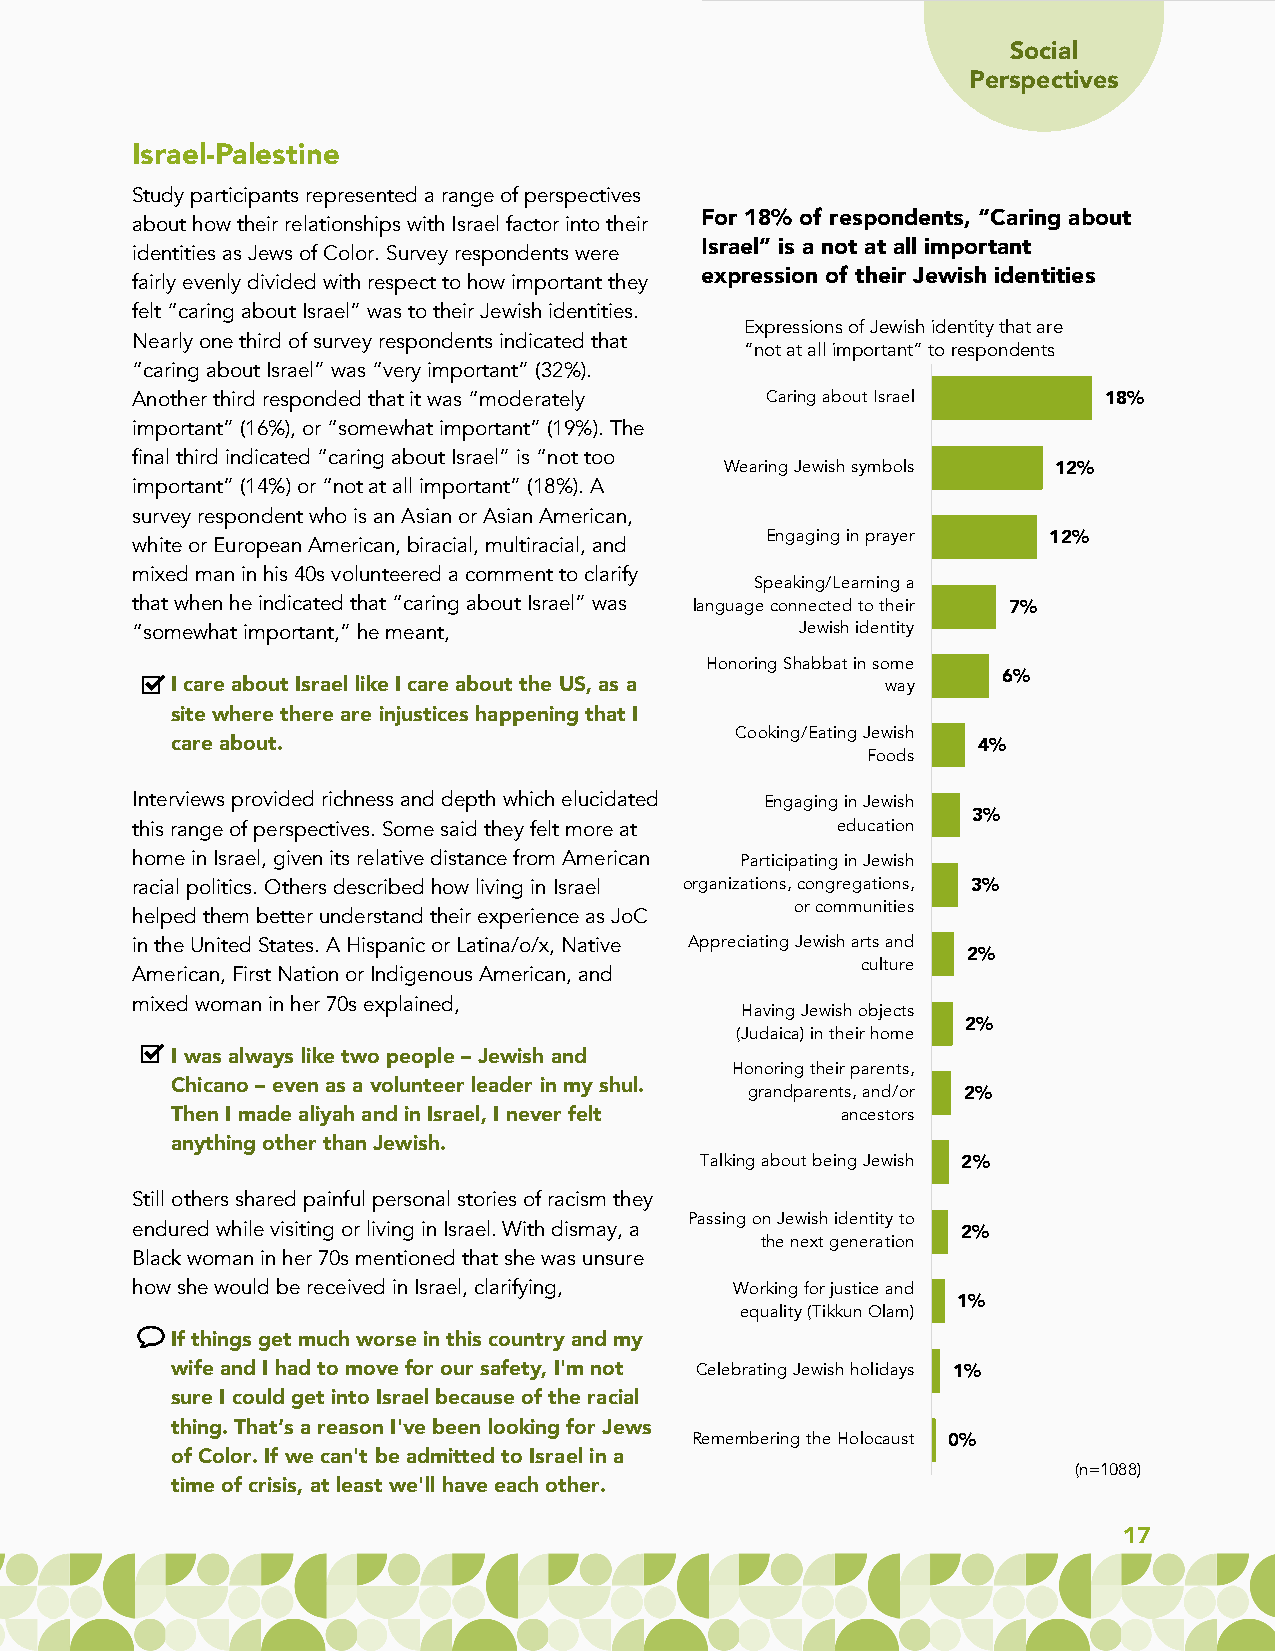
Social
 Perspectives
 Israel-Palestine
 Study participants represented a range of perspectives
 For 18% of respondents, “Caring about
 about how their relationships with Israel factor into their
 Israel” is a not at all important
 identities as Jews of Color. Survey respondents were
 expression of their Jewish identities
 fairly evenly divided with respect to how important they
 felt “caring about Israel” was to their Jewish identities.
 Expressions of Jewish identity that are
 Nearly one third of survey respondents indicated that
 “not at all important” to respondents
 “caring about Israel” was “very important” (32%).
 Another third responded that it was “moderately Caring about Israel 18%
 important” (16%), or “somewhat important” (19%). The
 final third indicated “caring about Israel” is “not too
 Wearing Jewish symbols 12%
 important” (14%) or “not at all important” (18%). A
 survey respondent who is an Asian or Asian American,
 Engaging in prayer 12%
 white or European American, biracial, multiracial, and
 mixed man in his 40s volunteered a comment to clarify
 Speaking/Learning a
 that when he indicated that “caring about Israel” was language connected to their 7%
 “somewhat important,” he meant,             Jewish identity
 Honoring Shabbat in some
 6%
 I care about Israel like I care about the US, as a way
 site where there are injustices happening that I
 Cooking/Eating Jewish
 care about.                                           4%
 Foods
 Interviews provided richness and depth which elucidated Engaging in Jewish
 3%
 this range of perspectives. Some said they felt more at education
 home in Israel, given its relative distance from American Participating in Jewish
 racial politics. Others described how living in Israel organizations, congregations, 3%
 or communities
 helped them better understand their experience as JoC
 in the United States. A Hispanic or Latina/o/x, Native Appreciating Jewish arts and
 2%
 culture
 American, First Nation or Indigenous American, and
 mixed woman in her 70s explained,
 Having Jewish objects
 2%
 (Judaica) in their home
 I was always like two people – Jewish and
 Honoring their parents,
 Chicano – even as a volunteer leader in my shul.
 grandparents, and/or 2%
 Then I made aliyah and in Israel, I never felt ancestors
 anything other than Jewish.
 Talking about being Jewish 2%
 Still others shared painful personal stories of racism they
 Passing on Jewish identity to
 endured while visiting or living in Israel. With dismay, a 2%
 the next generation
 Black woman in her 70s mentioned that she was unsure
 how she would be received in Israel, clarifying, Working for justice and
 1%
 equality (Tikkun Olam)
 If things get much worse in this country and my
 wife and I had to move for our safety, I'm not Celebrating Jewish holidays 1%
 sure I could get into Israel because of the racial
 thing. That’s a reason I've been looking for Jews
 Remembering the Holocaust 0%
 of Color. If we can't be admitted to Israel in a
 (n=1088)
 time of crisis, at least we'll have each other.
 17